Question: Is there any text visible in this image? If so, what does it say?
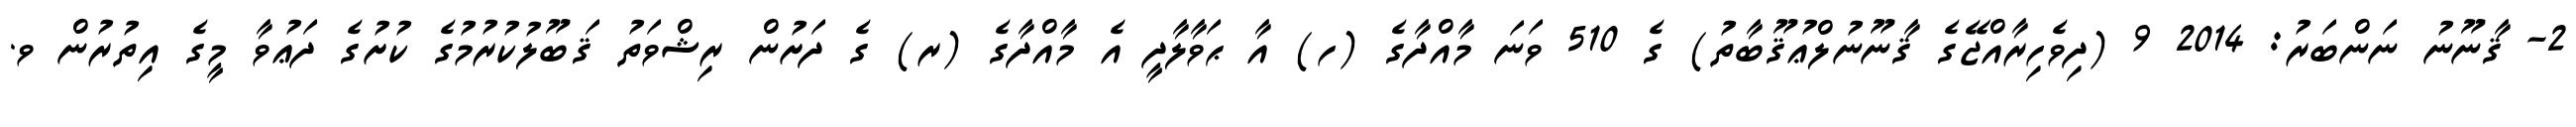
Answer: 2- ޤާނޫނު ނަންބަރު: 2014 9 (ދިވެހިރާއްޖޭގެ ޤާނޫނުލްޢުޤޫބާތު) ގެ 510 ވަނަ މާއްދާގެ (ހ) އާ ޙަވާލާދީ އެ މާއްދާގެ (ރ) ގެ ދަށުން ރިޝްވަތު ޤަބޫލުކުރުމުގެ ކުށުގެ ދަޢުވާ މީގެ އިތުރުން ވ.